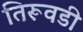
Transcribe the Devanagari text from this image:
तिरूवडी